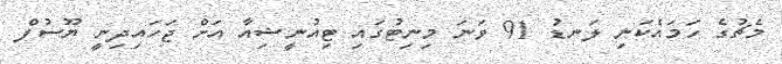
މެޗުގެ ހަމައެކަނި ލަނޑު 91 ވަނަ މިނިޓުގައި ޓިއުނީޝިއާ އަށް ޖަހައިދިނީ ޔޫސުފް